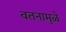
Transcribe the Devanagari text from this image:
वतनामुळे